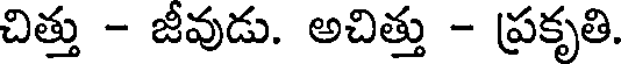
చిత్తు - జీవుడు. అచిత్తు - ప్రకృతి.